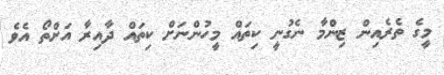
މީގެ ތެރެއިން ޒިންމާ ނެގުނީ ކިތައް މީހުންނަށް ކިތައް ދާއިރާ އަށްތޯ އެވެ